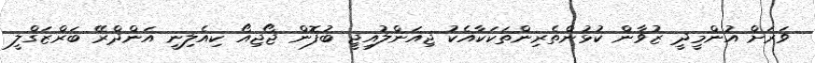
ވަރަށް އުންމީދީ ޒުވާން ކުޅުންތެރިންތަކަކާއެކު ޖިއަންލުއިޖީ ބުފޮން ޖޯޖިިއޯ ކިއެލިނީ އަންދްރޭ ބަރްޒަގްލީ